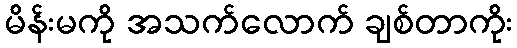
မိန်းမကို အသက်လောက် ချစ်တာကိုး